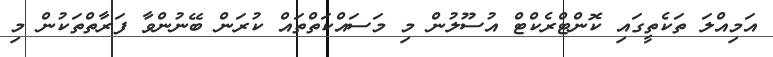
އަމިއްލަ ތަކެތީގައި ކޮންޓްރެކްޓް އުސޫލުން މި މަސައްކަތްތައް ކުރަން ބޭނުންވާ ފަރާތްތަކުން މި